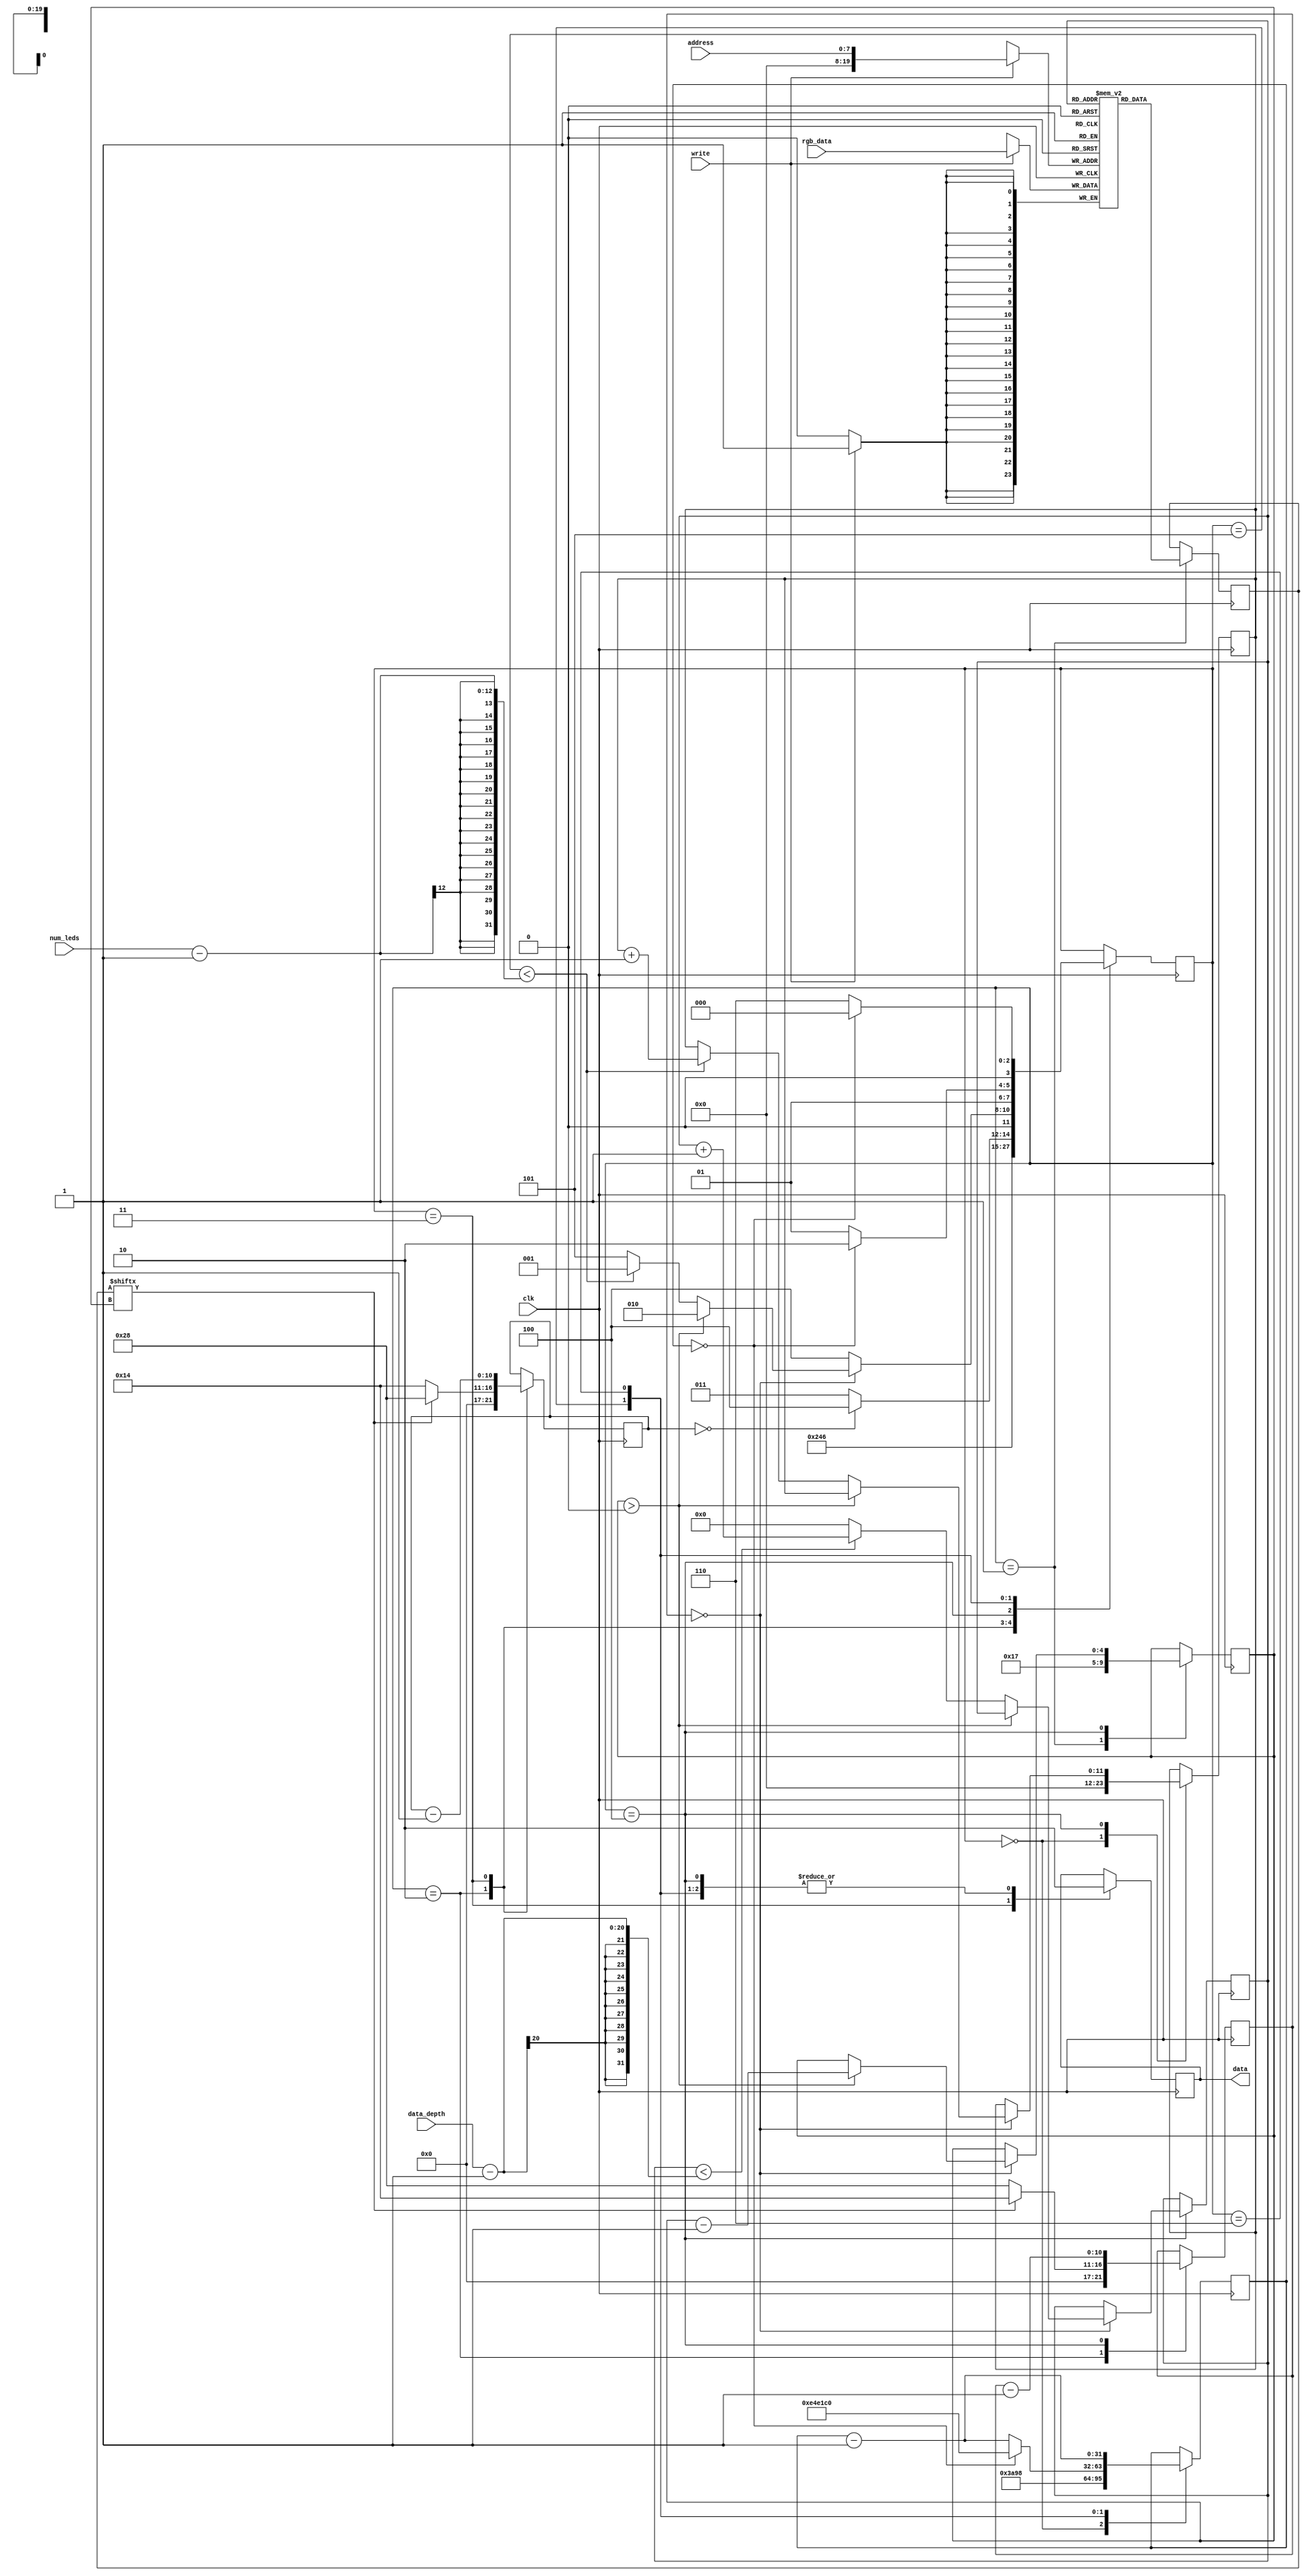
// This program was cloned from: https://github.com/Mr-Kaushal-22/WS2812_Interfacing
// License: MIT License

module ws2812_interface (
    input           clk,
    input [23:0]    rgb_data,
    input [7:0]     address,
    input           write,
    input [19:0]    data_depth,
    input [11:0]    num_leds,
    output reg      data
);

/*
period 1200ns:define
    * t on  800ns
    * t off 400ns

end of frame/reset is > 300us.

More recent ws2812 parts require reset > 280us.

clock period at 50MHz = 20ns:
    * high/low counter = 40, makes   = 800ns
    * high/low counter = 20, makes   = 400ns
    * reset is 15000 counts          = 300us
    * Delay is 15000000 counts       = 300ms
*/


reg [23:0] led_reg [1000000:0];

reg [11:0]              led_counter = 0;
reg [4:0]               rgb_counter = 0;
reg [23:0]              led_color = 0;
reg [10:0]              high_count = 0;
reg [10:0]              low_count = 0;
reg [31:0]              reset_count = 0;
reg [19:0]              data_count = 0;


// handle reading new led data
always @(posedge clk) begin
    if(write)
        led_reg[address] <= rgb_data;
end

/* State machine parameters */
reg [3:0]   state = 0;
localparam IDLE     = 4'h0;
localparam READ     = 4'h1;
localparam DECODE   = 4'h2;
localparam HIGH     = 4'h3;
localparam LOW      = 4'h4;
localparam RESET    = 4'h5;
localparam DELAY    = 4'h6;

always @(posedge clk) begin
    case (state) 
        IDLE: begin
            led_counter <= 0;
            reset_count <= 'd15000;
            state <= READ;
        end
        
        READ: begin
            led_color <= led_reg[data_count];
            rgb_counter <= 5'd23;
            state <= DECODE;
        end
        
        DECODE: begin
            if(led_color[rgb_counter]) begin
                high_count <= 'd40;
                low_count <= 'd20;
            end else begin
                high_count <= 'd20;
                low_count <= 'd40;
            end
            state <= HIGH;
        end
        
        HIGH: begin
            data <= 1;
            high_count <= high_count - 1;
            
            if(high_count == 0) begin
                state <= LOW;
            end else begin
                state <= HIGH;
            end
        end
        
        LOW: begin
            data <= 0;
            low_count <= low_count - 1;
            
            if(low_count == 0) begin
                if(rgb_counter > 0) begin
                    rgb_counter <= rgb_counter - 1;
                    state <= DECODE;
                end else begin
                    if(data_count < data_depth-1) begin
                        data_count <= data_count + 1;
                    end else begin
                        data_count <= 0;
                    end
                    
                    if(led_counter < num_leds-1) begin
                        led_counter <= led_counter + 1;
                        state <= READ;
                    end else begin
                        state <= RESET;
                    end
                end
            end else begin
                state <= LOW;
            end
        end
        
        RESET: begin
            data <= 0;
            reset_count <= reset_count - 1;
            
            if(reset_count == 0) begin
                reset_count <= 'd15000000;
                state <= DELAY;
            end else begin
                state <= RESET;
            end
        end
        
        DELAY: begin
            data <= 0;
            reset_count <= reset_count - 1;
            
            if(reset_count == 0) begin
                state <= IDLE;
            end else begin
                state <= DELAY;
            end
        end
    endcase
end
endmodule